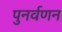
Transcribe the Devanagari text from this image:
पुनर्वणन